Leaving Certificate Examination, 1904
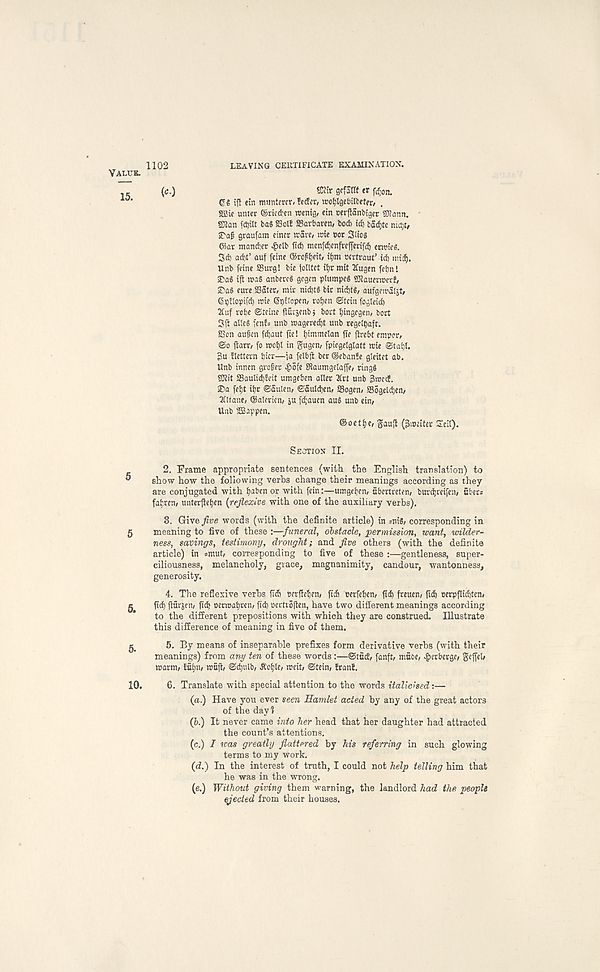
1102
LEAVING CERTIFICATE EXAMINATION.
(c.)
S-Rir gcfatlf tv fj; 0 n.
Qi i f} etn tmtntercr, feifcr, wotjlgcbilfcetfr, .
sffiie untcr (Srkd^cn rcenig, etn cerftanbigcr sWann.
93}an fct)ilt bag S3ol! SBavbarcn, bo* i d} badjte tuc;;t/
S' ag graufam ciner irare, tote oor Stiog
©ar ntancber £elb ft* menfdjenfreffenf* enoteg.
S* a*t’ auf feme ©rofi)eit, tfjm ocrtraut’t* mid).
Unb feine SSurg! bie jolltet ifjrmit 2Cugen fetjnl
®ag ift mag anbcvcg gcgen ptumpeg SKauermer!,
E' ag eure SSater, tntt; ni*tg bit ni*tg, aufgemaljt/
Gpflopifd) rote 6t)E!open, ro^en ©tciti foglei*
3(uf robe Sieine fiursenbj bort bmgegen, bort
Sft alteg fen!= unb roageredjt unb regeibafr.
S3on aufen f*aut fie! binimetan ffe firebt emper,
©o ftarr/ fo roobl in gugen, fpicgelgtatt roie ©tabt.
3u flettern bier—ia felbft bet ©ebanfe gleitet ab.
Unb tnncn grofet ^>6fe Siaumgelajfe, ringg
SKit 23auti*feit umgeben aller 2Crt unb 3roccE.
©a febt ibr ©aulen, ©aul*en/ SSogen/ a56gel*en/
30tane, ©alevicn, ju fd;auen aug unb ein,
Unb SOSappen.
®oetbe, gaujt (3roeiter Sett).
Section II.
2. Frame appropriate sentences (with the English translation) to
show how the following verbs change their meanings according as they
are conjugated with baben or with fein:—umgeben, fibertreten, burd)reifen, abets
fabren, unterfteben {reflexive with one of the auxiliary verbs).
3. Give jive words (with the definite article) in =nig, corresponding in
5 meaning to five of these :—funeral, obstacle, permission, want, wilder-
ness, savings, testimony, drought; and five others (with the definite
article) in smut, corresponding to five of these :—gentleness, super-
ciliousness, melancholy, grace, magnanimity, candour, wantonness,
generosity.
4. The reflexive verbs fi* eetfhben, ft* ccrfeben, ft* freucn, ft* »erpfli*ten,
ft* ftarjen, ft* ocrroabren, fi* oerttoften, have two different meanings according
to the different prepositions with which they are construed. Illustrate
this difference of meaning in five of them.
$
5. By means of inseparable prefixes form derivative verbs (with their
meanings) from any ten of these words :—©tuff, fanft, mfibe, £erberge, gejjel,
roarm, fubit/ rouft, ©*u!b, Jtoble, weit, ©tein, franf.
10. 6. Translate with special attention to the words italicised:—
(a.) Have you ever seen Samlet acted by any of the great actors
of the day?
(Z>. ) It never came into her head that her daughter had attracted
the count’s attentions.
(c.) I teas greatly flattered by his referring in such glowing
terms to my work.
{d.) In the interest of truth, I could not help telling him that
he was in the wrong.
(e.) Without giving them warning, the landlord had the people
ejected from their houses.